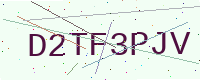
Text: D2TF3PJV